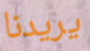
يريدنا